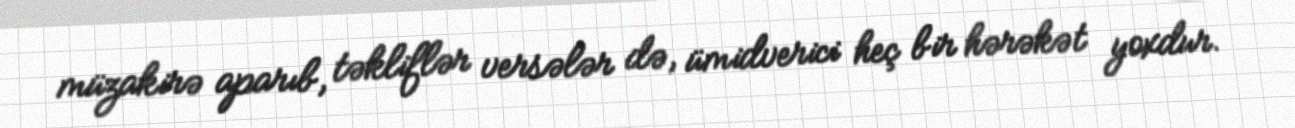
müzakirə aparıb, təkliflər versələr də, ümidverici heç bir hərəkət yoxdur.